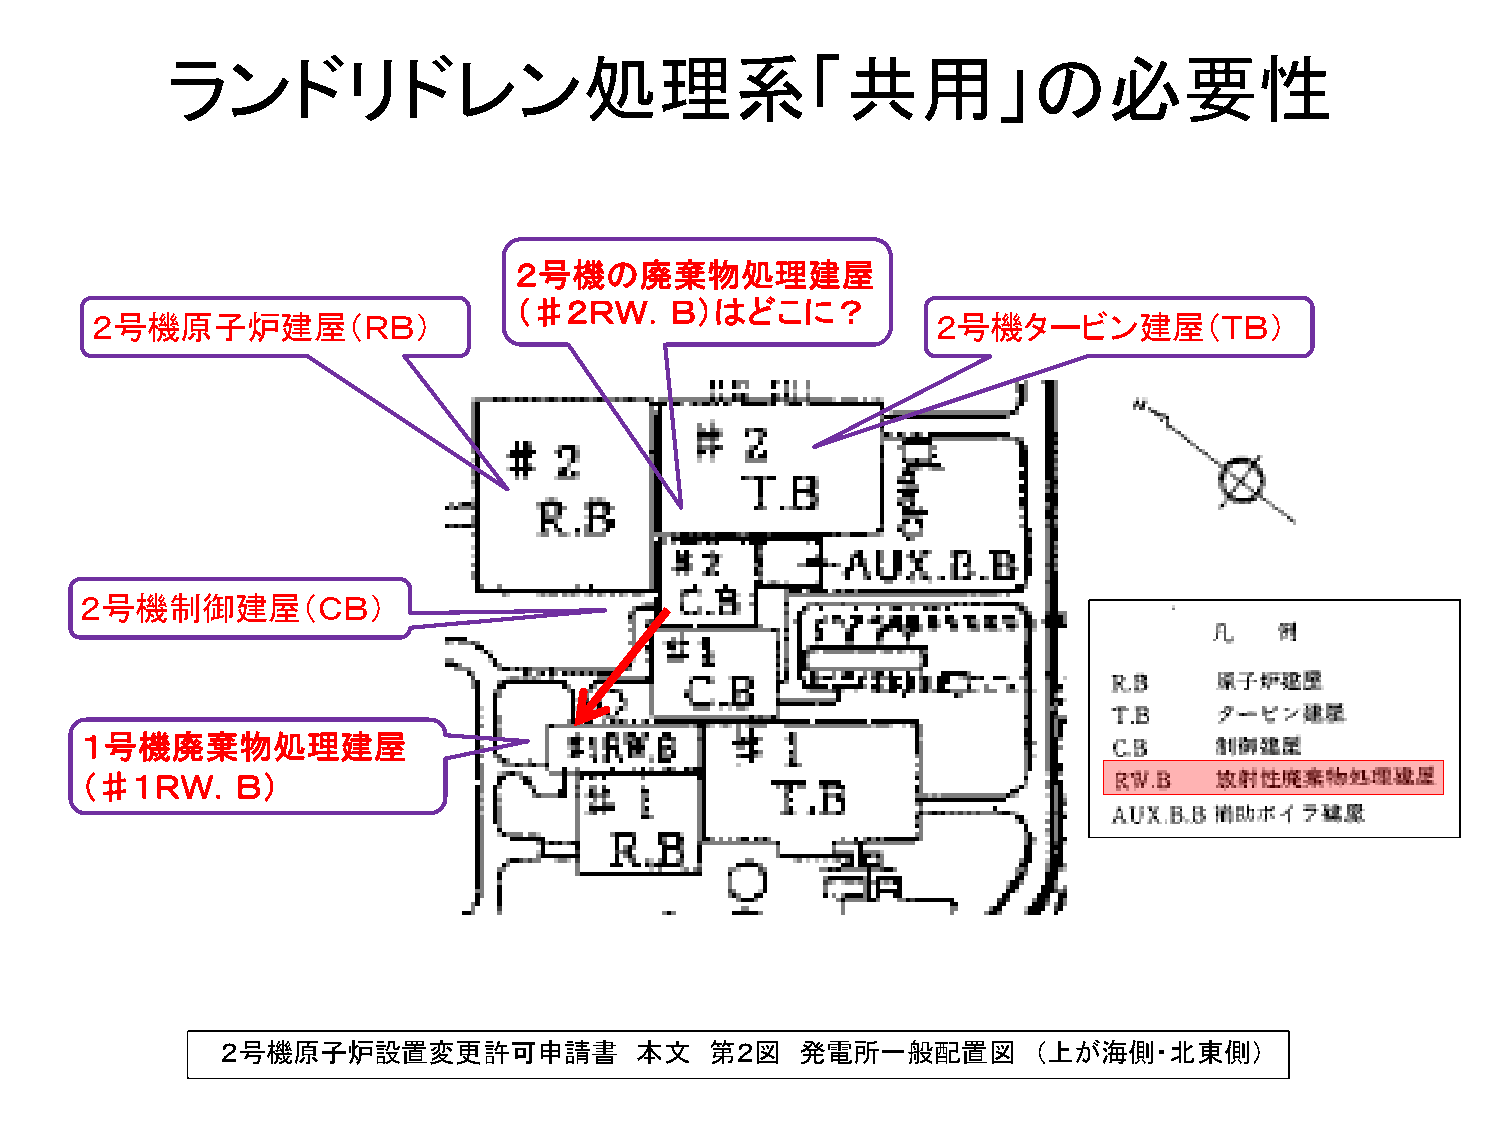
ランドリドレン処理系「共用」の必要性
 再稼動準備中
 ２号機の廃棄物処理建屋
 （♯２ＲＷ．Ｂ）はどこに？
 ２号機原子炉建屋（ＲＢ）                                            ２号機タービン建屋（ＴＢ）
 ２号機制御建屋（ＣＢ）
 １号機廃棄物処理建屋
 （♯１ＲＷ．Ｂ）
 廃炉作業中
 ◆2021.8.4第157回女川原発環境調査測定技術会                              資料－４（HP修正版）
 ２号機原子炉設置変更許可申請書            本文   第２図   発電所一般配置図       （上が海側・北東側）